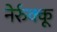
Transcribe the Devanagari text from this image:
नेर्रुक्कू